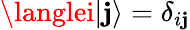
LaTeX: \langlei|\mathbf{j}\rangle=\delta_{i\mathbf{j}}